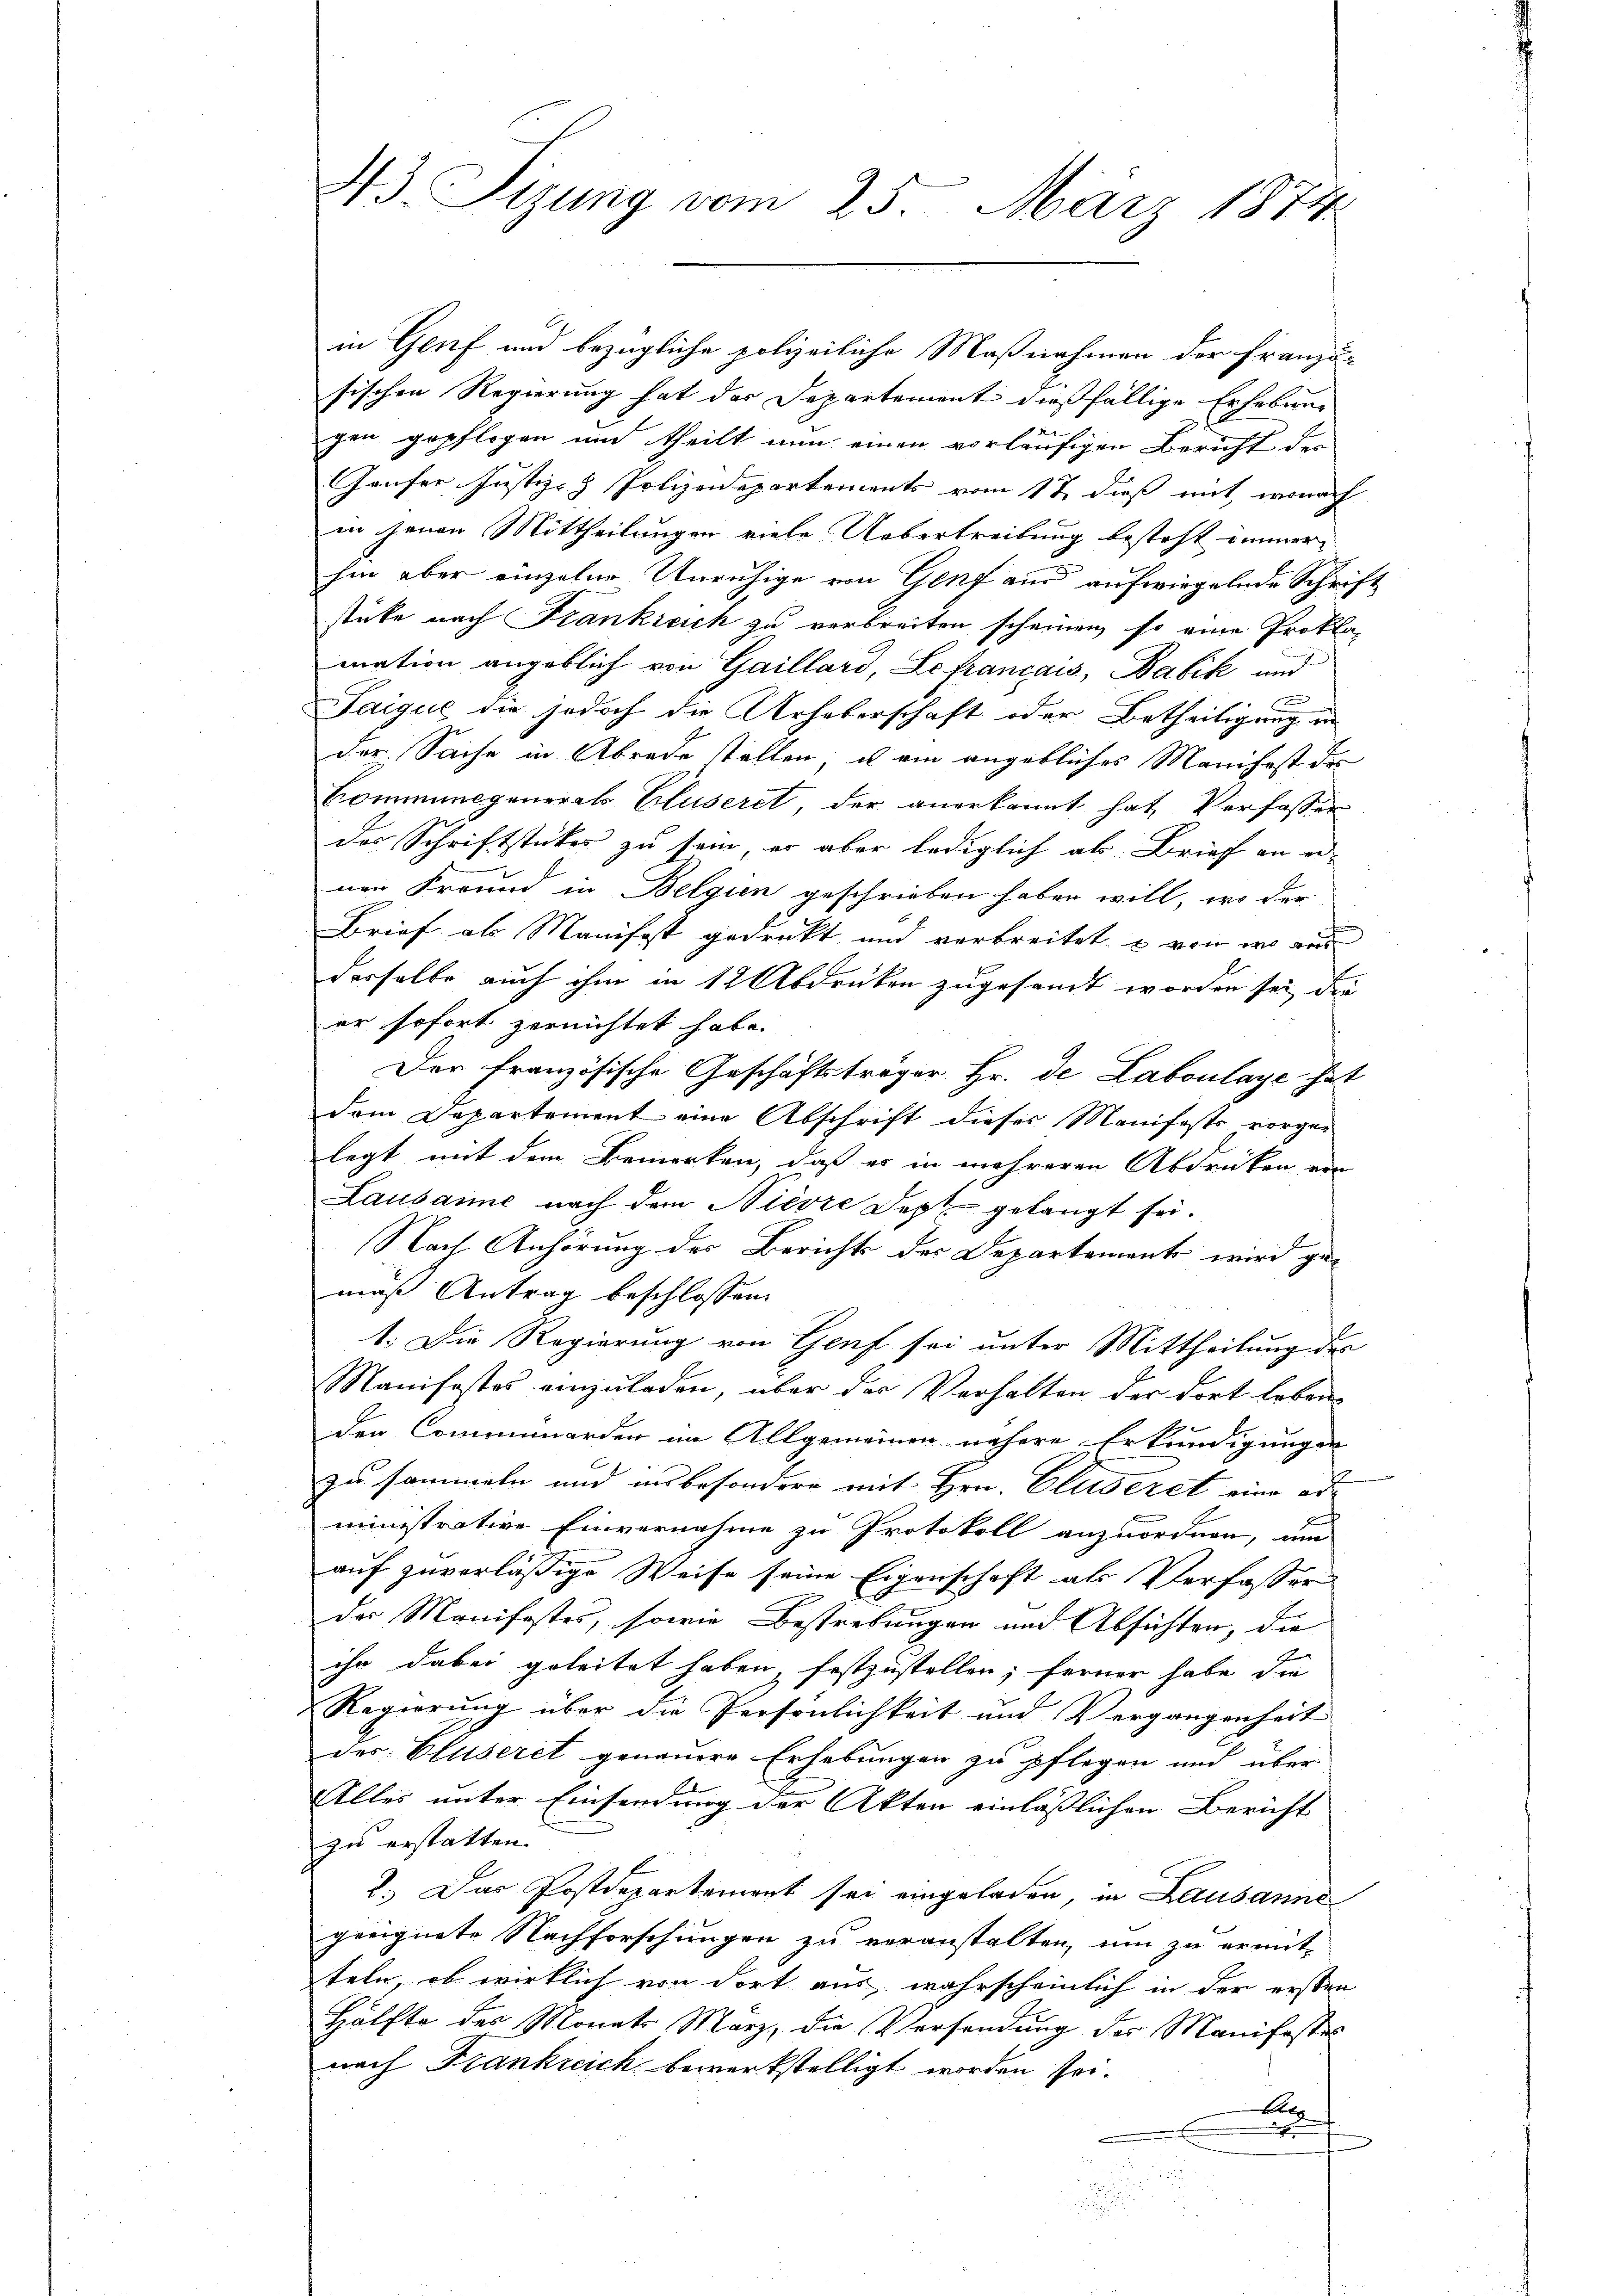
in Genf und bezügliche polizeiliche Maßnahmen der Franzusischen Regierung hat der Departement dießfällige Erhebung
x
gen gepflogen und theilt nun einen vorläufigen Bericht der
Gäufer Justiz- & Polizeidepartements vom 17 dieß mit, wonach
en jenen Mittheilungen viele Uebertreibung besteht immer
hin aber einzelne Unruhige von Genf aus aufwiegelnde Schrift
stüke nach Frankreich zu verbreiten scheinen, so eine Prokla-
mation angeblich von Gaillard, Le français, Babik und
F
Saigue die jedoch die Urheberschaft oder Betheiligung an
der Sache in Abrede stellen, ist ein angebliches Manifest des
Commungenerals Cluseret, der anerkannt hat, Verfasser
des Schriftstücker zu sein, er aber lediglich als Brief an einen Freund in Belgien geschrieben haben will, wo der
Brief als Manifest gedruckt und verbreitet, u von wo aus
derselbe auch ihm in 12 Abdrücken zugesandt worden sei, die
er sofort zernichtet habe.
Der französische Geschäftsträger Hr. de Laboulage hat
dem Departement eine Abschrift dieses Manifests vorgelegt mit dem Bemerken, daß es in mehreren Abdrucken von
Lausanne nach dem Niesze Sept gelangt sei.
Nach Anhörung des Berichts der Departement wird gemaß Antrag beschlossen.
1. Die Regierung von Genf sei unter Mittheilung der
Manifestes einzuladen, über das Verhalten der dort leben-
den Commorden im Allgemeinen nähere Erkundigungen
zu sammeln und insbesondere mit Hrn. Cluseret eine ad
ministrative Einvernahme zu Protokoll anzuordnen, um
auf zuverläßige Weise seine Eigenschaft als Verfasser
des Manifestes, sowie Bestrebungen und Absichten, die
ihn dabei geleitet haben, festzustellen; ferner habe die
Regierung über die Persönlichkeit und Vergangenheit
des Cluseret genauere Erhebungen zu pflegen und über
Alles unter Einsendung der Akten einläßlichen Bericht
zu erstatten.
2.) Das Postdepartement sei eingeladen, in Lausanne
geeignete Nachforschungen zu veranstalten, um zu ermit-
teln, ob wirklich von dort aus, wahrscheinlich in der ersten
Hälfte des Monats März, die Versendung der Manifestes
nach Frankreich bemerkstelligt worden sei.
At
s
.

43. Sizung vom 25. März 1874